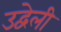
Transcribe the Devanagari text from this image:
उद्वेली